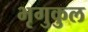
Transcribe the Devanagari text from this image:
भृगुकुल